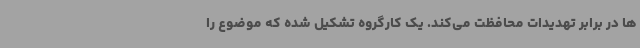
ها در برابر تهدیدات محافظت می‌کند. یک کارگروه تشکیل شده که موضوع را